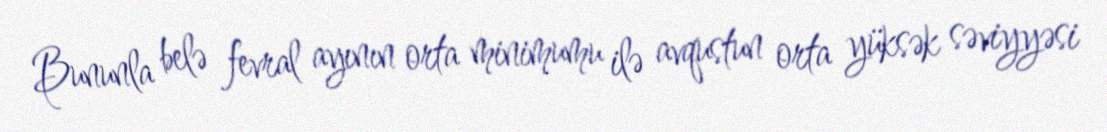
Bununla belə fevral ayının orta minimumu ilə avqustun orta yüksək səviyyəsi